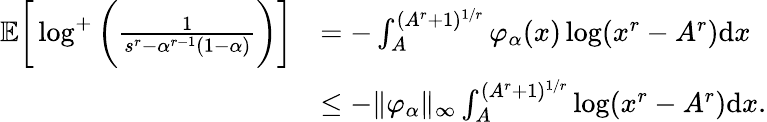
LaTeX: \begin{array}{rl}{\mathbb{E}\bigg[\log^{+}\bigg(\frac{1}{s^{r}-\alpha^{r-1}(1-\alpha)}\bigg)\bigg]}&{=-\int_{A}^{(A^{r}+1)^{1/r}}\varphi_{\alpha}(x)\log(x^{r}-A^{r})\mathrm{d}x}\\ &{\leq-\| \varphi_{\alpha}\| _{\infty}\int_{A}^{(A^{r}+1)^{1/r}}\log(x^{r}-A^{r})\mathrm{d}x.}\end{array}